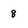
Character: 8